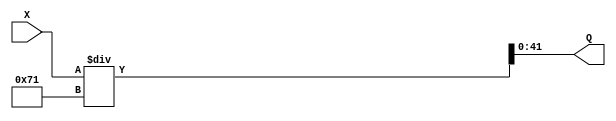
module division_standard( X, Q);//, R);

input  [48:1] X;
output [42:1] Q; 
//output [7:1] R;

assign Q = X / 113;

//assign R = X % 113;

endmodule